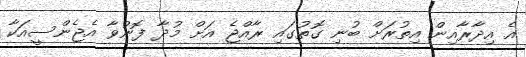
އެ އިދާރާއިން އިތުރަށް ބުނި ގޮތުގައި ރާއްޖެ އަށް މުދާ ފޮނުވާ އެޖެންސީއަކާ